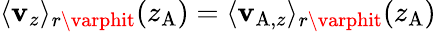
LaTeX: \langle\mathbf{v}_{z}\rangle_{r\varphit}(z_{\mathrm{{A}}})=\langle\mathbf{v}_{\mathrm{{A}},z}\rangle_{r\varphit}(z_{\mathrm{{A}}})